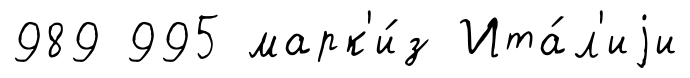
989 995 марк'и́з Ита́л'иjи